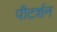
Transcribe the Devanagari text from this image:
पीटर्शन